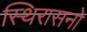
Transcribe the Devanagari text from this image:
स्थिरासनो